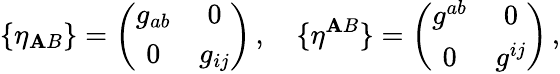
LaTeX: \{ \eta_{\mathbf{A}B}\} =\left(\begin{array}{cc}{{g_{ab}}}&{{0}}\\ {{0}}&{{g_{ij}}}\end{array}\right)\, ,\quad\{ \eta^{\mathbf{A}B}\} =\left(\begin{array}{cc}{{g^{ab}}}&{{0}}\\ {{0}}&{{g^{ij}}}\end{array}\right)\, ,